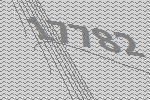
17782